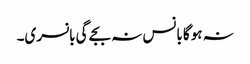
نہ ہوگا بانس نہ بجے گی بانسری۔